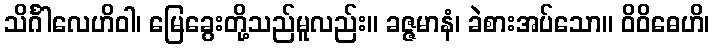
သိင်္ဂါလေဟိဝါ၊ မြေခွေးတို့သည်မူလည်း။ ခဇ္ဇမာနံ၊ ခဲစားအပ်သော။ ဝိဝိဓေဟိ၊